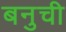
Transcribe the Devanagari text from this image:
बनुची